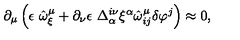
\partial _ { \mu } \left( \epsilon \ \hat { \omega } _ { \xi } ^ { \mu } + \partial _ { \nu } \epsilon \ \Delta _ { \alpha } ^ { i \nu } \xi ^ { \alpha } \hat { \omega } _ { i j } ^ { \mu } \delta \varphi ^ { j } \right) \approx 0 ,